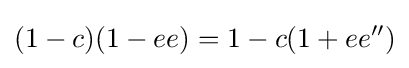
(1-c)(1-ee)=1-c(1+ee'')